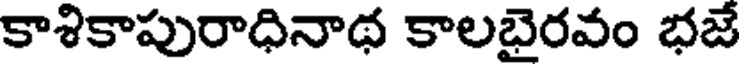
కాశికాపురాధినాథ కాలబైరవం భజే